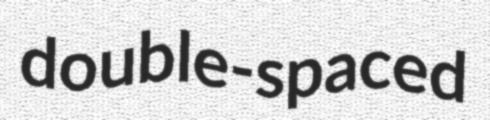
double-spaced